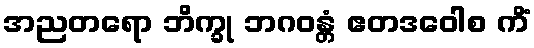
အညတရော ဘိက္ခု ဘဂဝန္တံ ဧတဒဝေါစ ကိံ